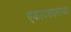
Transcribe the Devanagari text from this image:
एकादश्यस्तथा